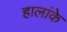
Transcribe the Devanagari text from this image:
हालांके